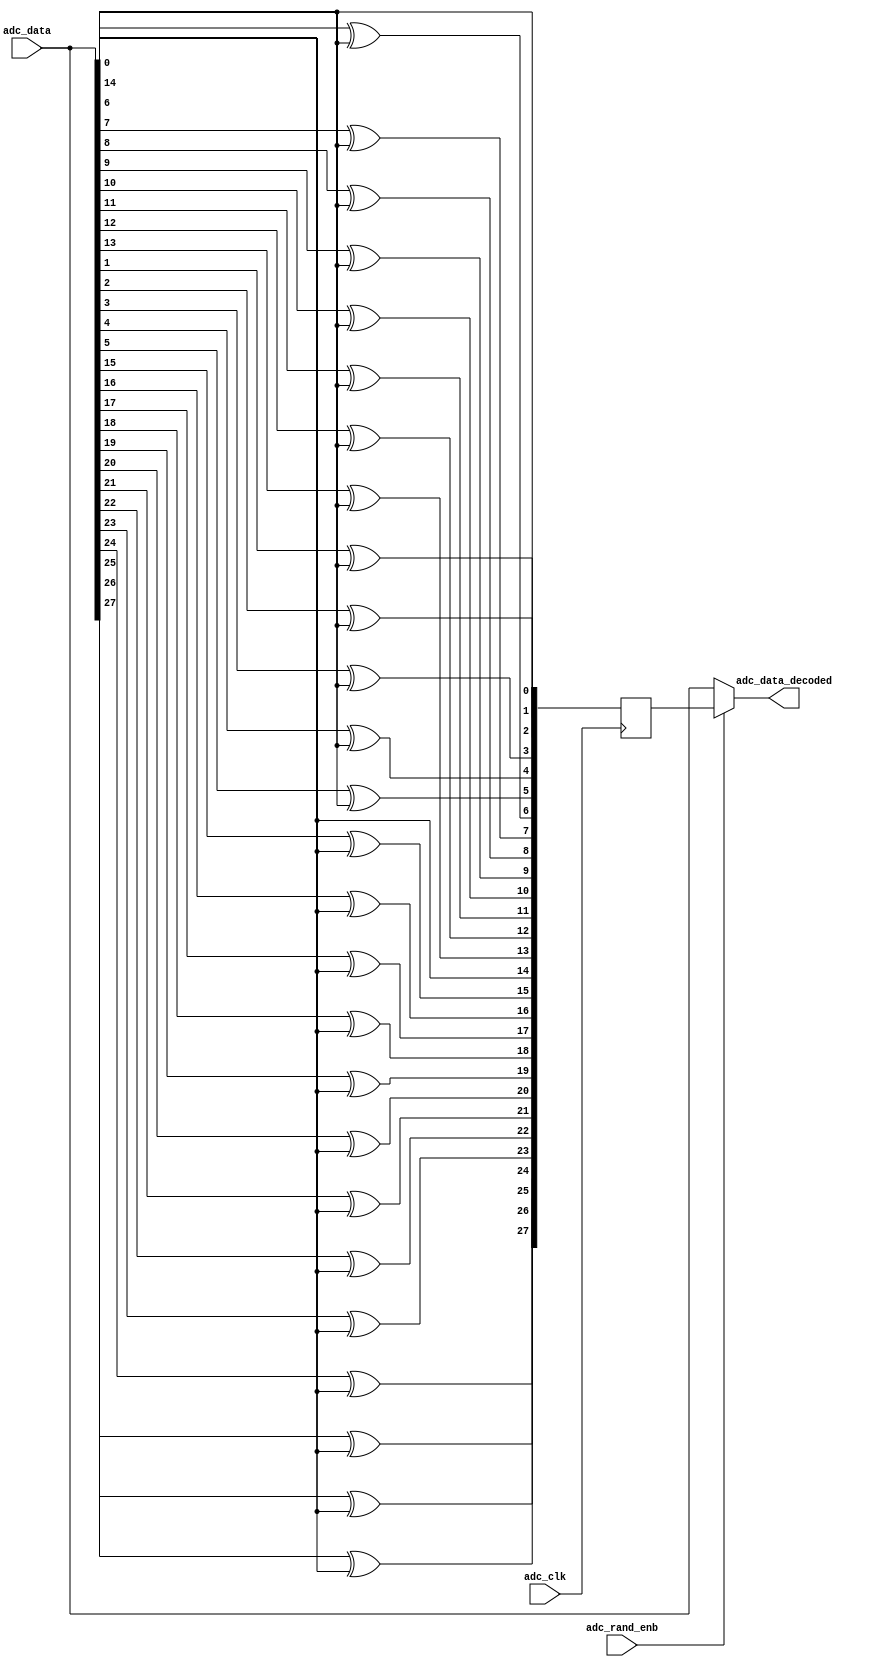
// ***************************************************************************
// ***************************************************************************
// Copyright 2022 (c) Analog Devices, Inc. All rights reserved.
//
// In this HDL repository, there are many different and unique modules, consisting
// of various HDL (Verilog or VHDL) components. The individual modules are
// developed independently, and may be accompanied by separate and unique license
// terms.
//
// The user should read each of these license terms, and understand the
// freedoms and responsibilities that he or she has by using this source/core.
//
// This core is distributed in the hope that it will be useful, but WITHOUT ANY
// WARRANTY; without even the implied warranty of MERCHANTABILITY or FITNESS FOR
// A PARTICULAR PURPOSE.
//
// Redistribution and use of source or resulting binaries, with or without modification
// of this file, are permitted under one of the following two license terms:
//
//   1. The GNU General Public License version 2 as published by the
//      Free Software Foundation, which can be found in the top level directory
//      of this repository (LICENSE_GPL2), and also online at:
//      <https://www.gnu.org/licenses/old-licenses/gpl-2.0.html>
//
// OR
//
//   2. An ADI specific BSD license, which can be found in the top level directory
//      of this repository (LICENSE_ADIBSD), and also on-line at:
//      https://github.com/analogdevicesinc/hdl/blob/master/LICENSE_ADIBSD
//      This will allow to generate bit files and not release the source code,
//      as long as it attaches to an ADI device.
//
// ***************************************************************************
// ***************************************************************************
// ADC DIGITAL OUTPUT RANDOMIZE DECODE

`timescale 1ns/100ps

module axi_adaq8092_rand_decode (

  // data interface

  input       [27:0]      adc_data,
  input                   adc_clk,
  input                   adc_rand_enb,
  output      [27:0]      adc_data_decoded
);

  // internal register

  reg [27:0] adc_data_decoded_s;

  integer i;

  assign adc_data_decoded = adc_rand_enb ? adc_data_decoded_s : adc_data ;

  // DATA DECODING

  always @(posedge adc_clk) begin
    for (i = 1; i <= 13; i = i + 1) begin
      adc_data_decoded_s[i] = adc_data[i] ^ adc_data[0];
    end
    for (i = 15; i <= 27; i = i + 1) begin
      adc_data_decoded_s[i] = adc_data[i] ^ adc_data[14];
    end

    adc_data_decoded_s[0] = adc_data[0];
    adc_data_decoded_s[14] = adc_data[14];
  end

endmodule